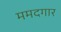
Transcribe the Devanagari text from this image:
ममदगार